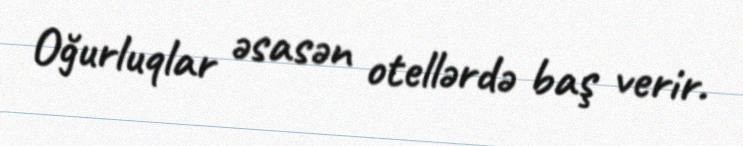
Oğurluqlar əsasən otellərdə baş verir.